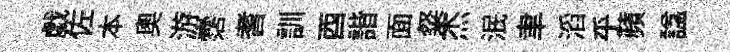
戯佐本奥游霑耆訓酉諧面粲杰泯聿滔乎蘋諡